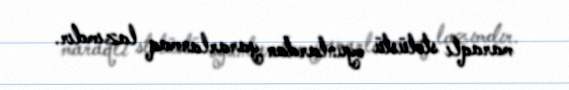
maraqlı stolüstü oyunlardan yararlanmaq lazımdır.